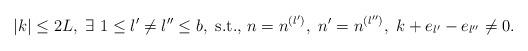
LaTeX: \begin{align*} |k|\leq 2L,\ \exists\ 1\leq l'\neq l''\leq b,\ {\rm s.t.,}\ n=n^{(l')}, \ n'=n^{(l'')}, \ k+e_{l'}-e_{l''}\neq 0.\end{align*}